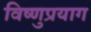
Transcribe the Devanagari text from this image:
विष्‍णुप्रयाग